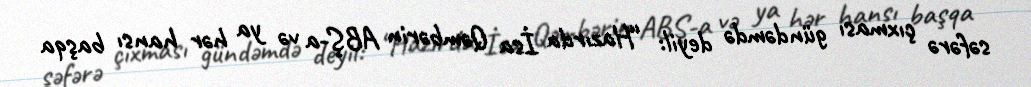
səfərə çıxması gündəmdə deyil: “Hazırda İsa Qəmbərin ABŞ-a və ya hər hansı başqa